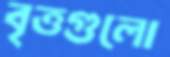
বৃত্তগুলো